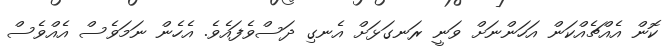
ކޮން އެއްޗެއްކަން އަހަންނަށް ވަނީ ރަނގަޅަށް އެނގި ދަސްވެފައެވެ. އެހެން ނަމަވެސް އެއްވެސް